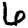
Digit: 6